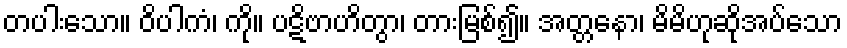
တပါးသော။ ဝိပါကံ၊ ကို။ ပဋိဗာဟိတွာ၊ တားမြစ်၍။ အတ္တနော၊ မိမိဟုဆိုအပ်သော